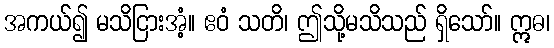
အကယ်၍ မသိငြားအံ့။ ဧဝံ သတိ၊ ဤသို့မသိသည် ရှိသော်။ ဣဓ၊